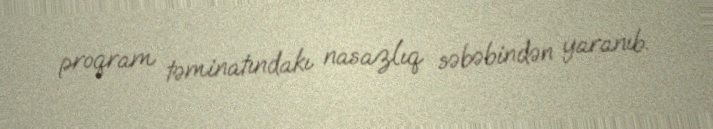
proqram təminatındakı nasazlıq səbəbindən yaranıb.